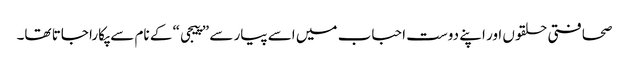
صحافتی حلقوں اور اپنے دوست احباب میں اسے پیار سے ”پیجی“ کے نام سے پکارا جاتا تھا۔